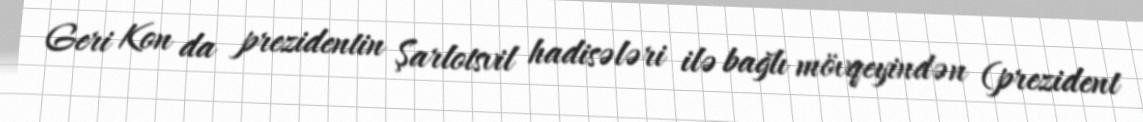
Geri Kon da prezidentin Şarlotsvil hadisələri ilə bağlı mövqeyindən (prezident